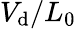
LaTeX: V_{\mathrm{d}}/L_{0}